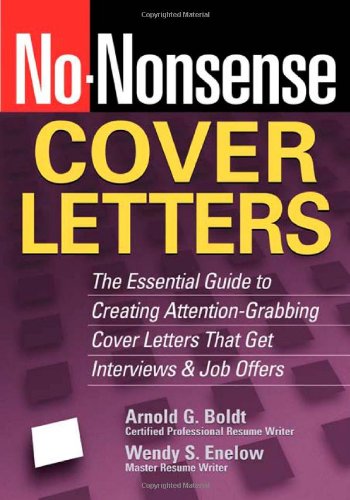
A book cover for No-Nonsense Cover Letters: The Essential Guide to Creating Attention-Grabbing Cover Letters That Get Interviews & Job Offers (No-Nonsense); Wendy S. Enelow; Business & Money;